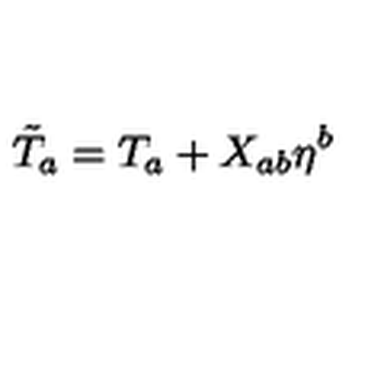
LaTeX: \tilde { T } _ { a } = T _ { a } + X _ { a b } \eta ^ { b }